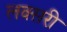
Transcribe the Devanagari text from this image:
लक्सरी